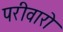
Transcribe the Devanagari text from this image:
परीवारो